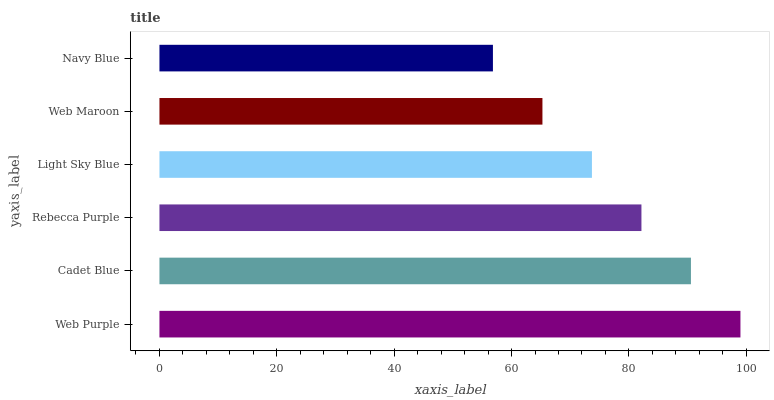
| yaxis_label | bars |
 | --- | --- |
 | Web Purple | 99 |
 | Cadet Blue | 90.6 |
 | Rebecca Purple | 82.1 |
 | Light Sky Blue | 73.7 |
 | Web Maroon | 65.3 |
 | Navy Blue | 56.8 |